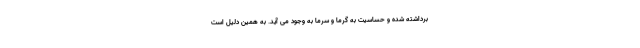
برداشته شده و حساسیت به گرما و سرما به وجود می آید. به همین دلیل است